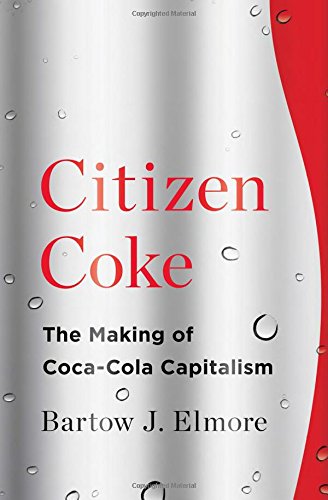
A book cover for Citizen Coke: The Making of Coca-Cola Capitalism; Bartow J. Elmore; Cookbooks, Food & Wine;